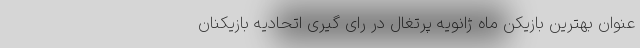
عنوان بهترین بازیکن ماه ژانویه پرتغال در رای گیری اتحادیه بازیکنان